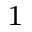
^ { 1 }